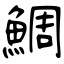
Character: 鯛